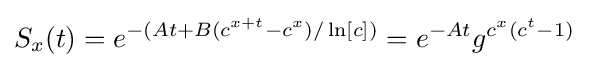
S_{x}(t)=e^{-(At+B(c^{x+t}-c^{x})/\ln[c])}=e^{-At}g^{c^{x}(c^{t}-1)}